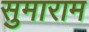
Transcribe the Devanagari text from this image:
सुमाराम